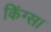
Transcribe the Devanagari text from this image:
किंग्स।